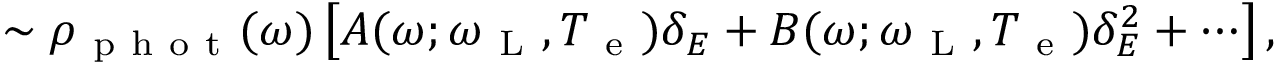
\sim \rho _ { \mathrm { ~ p ~ h ~ o ~ t ~ } } ( \omega ) \left[ A ( \omega ; \omega _ { \mathrm { ~ L ~ } } , T _ { \mathrm { ~ e ~ } } ) \delta _ { E } + B ( \omega ; \omega _ { \mathrm { ~ L ~ } } , T _ { \mathrm { ~ e ~ } } ) \delta _ { E } ^ { 2 } + \cdots \right] ,